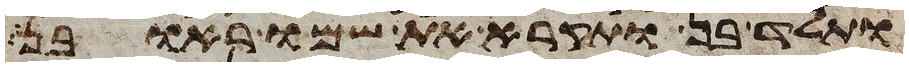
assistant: ותלד בן ותקרא את שמו ראובן